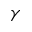
\gamma